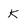
Character: K